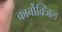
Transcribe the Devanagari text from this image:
कार्बोक्जिल